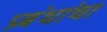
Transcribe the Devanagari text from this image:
प्रबंधांचा